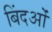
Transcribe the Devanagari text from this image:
बिंदओं